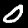
Digit: 0